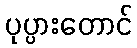
ပုပ္ပားတောင်